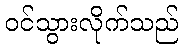
ဝင်သွားလိုက်သည်